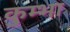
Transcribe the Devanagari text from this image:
कुम्‍भा